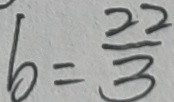
b = \frac { 2 2 } { 3 }